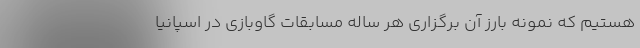
هستیم که نمونه بارز آن برگزاری هر ساله مسابقات گاوبازی در اسپانیا